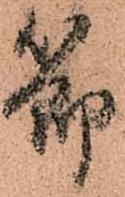
節